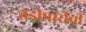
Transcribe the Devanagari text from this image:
तडीपारीची